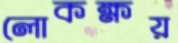
লোকক্ষয়